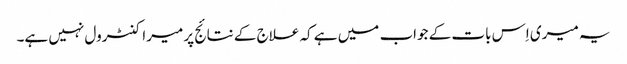
یہ میری اِس بات کے جواب میں ہے کہ علاج کے نتائج پر میرا کنٹرول نہیں ہے۔